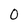
Character: 0